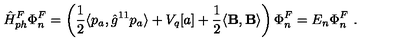
\hat { H } _ { p h } ^ { F } \Phi _ { n } ^ { F } = \left( \frac 1 2 \langle p _ { a } , \hat { g } ^ { 1 1 } p _ { a } \rangle + V _ { q } [ a ] + \frac 1 2 \langle { \bf B } , { \bf B } \rangle \right) \Phi _ { n } ^ { F } = E _ { n } \Phi _ { n } ^ { F } \ .